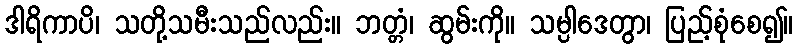
ဒါရိကာပိ၊ သတို့သမီးသည်လည်း။ ဘတ္တံ၊ ဆွမ်းကို။ သမ္ပါဒေတွာ၊ ပြည့်စုံစေ၍။